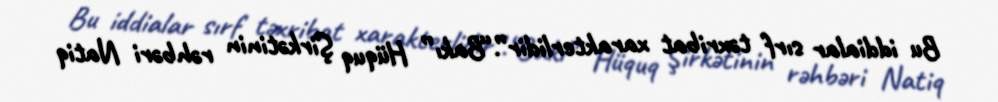
Bu iddialar sırf təxribat xarakterlidir”.“Bakı” Hüquq Şirkətinin rəhbəri Natiq